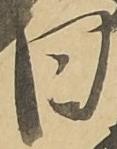
日